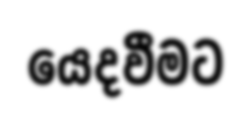
යෙදවීමට